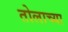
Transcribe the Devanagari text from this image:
तोलाच्या